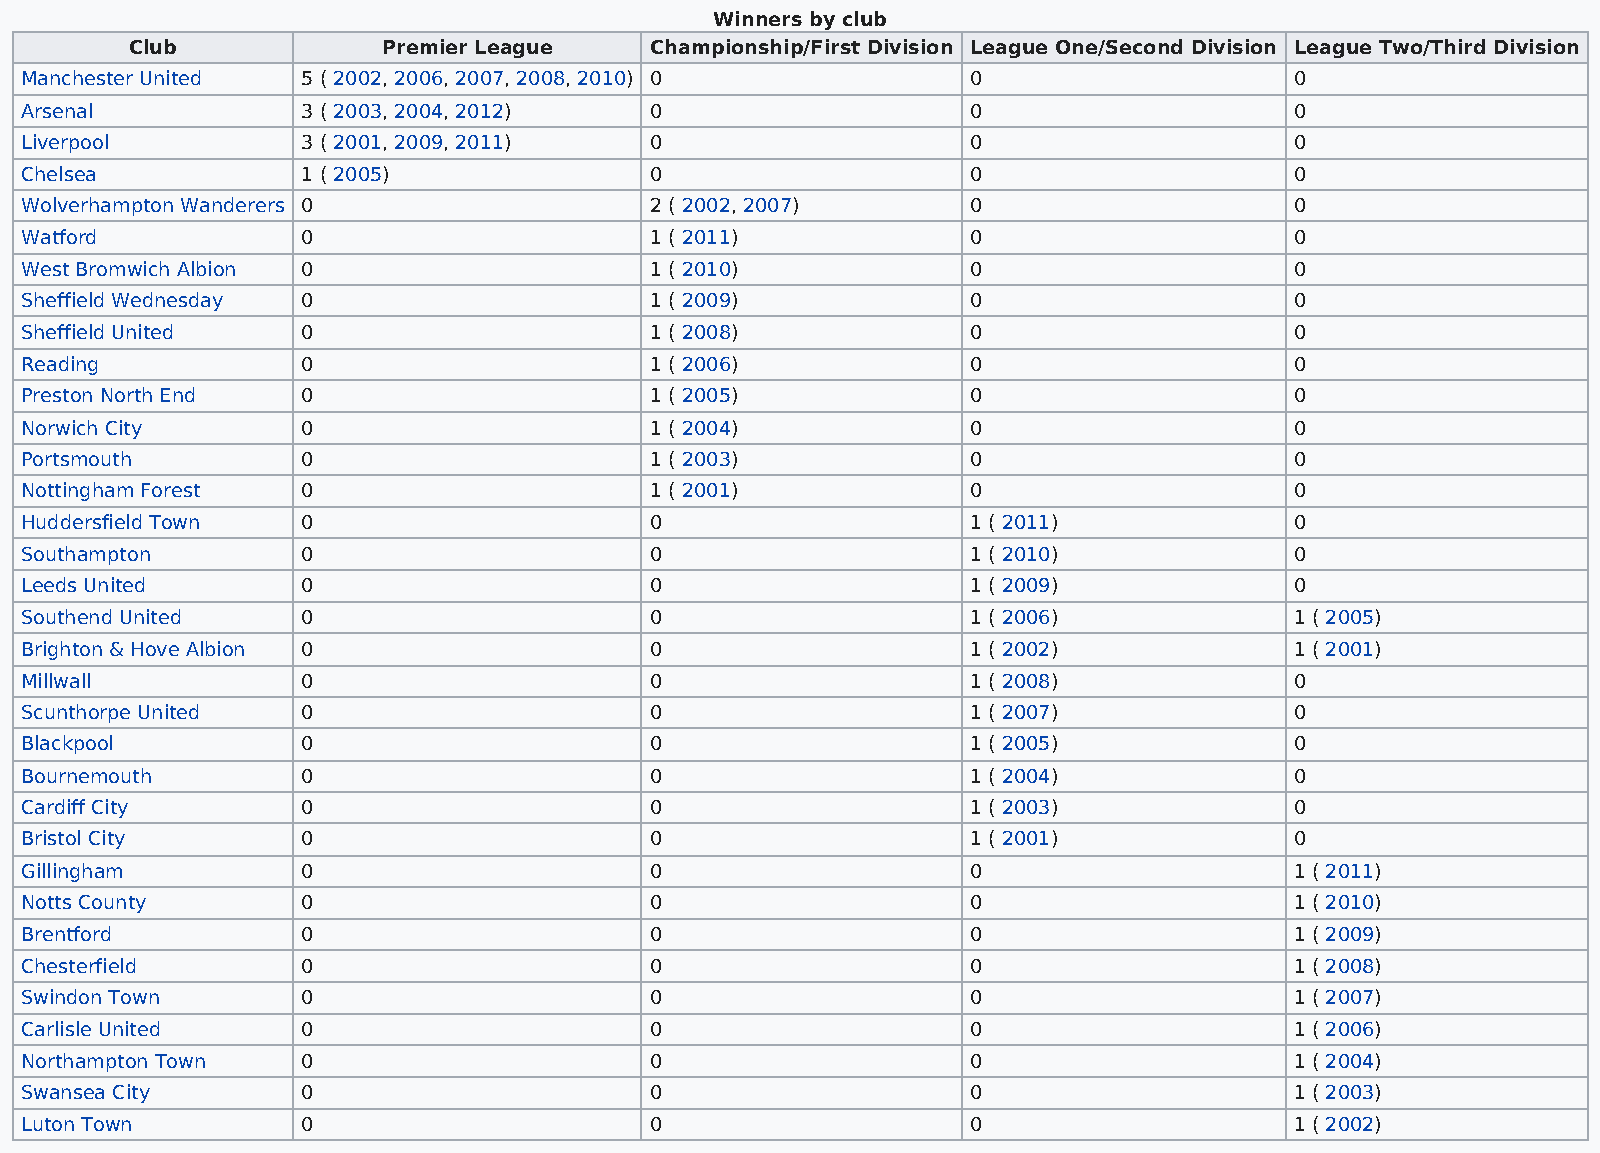
Winners by club
 Club            Premier League    Championship/First Division League One/Second Division League Two/Third Division
 Manchester United  5 ( 2002, 2006, 2007, 2008, 2010) 0         0                     0
 Arsenal            3 ( 2003, 2004, 2012)  0                    0                     0
 Liverpool          3 ( 2001, 2009, 2011)  0                    0                     0
 Chelsea            1 ( 2005)              0                    0                     0
 Wolverhampton Wanderers 0                 2 ( 2002, 2007)      0                     0
 Watford            0                      1 ( 2011)            0                     0
 West Bromwich Albion 0                    1 ( 2010)            0                     0
 Sheffield Wednesday 0                     1 ( 2009)            0                     0
 Sheffield United   0                      1 ( 2008)            0                     0
 Reading            0                      1 ( 2006)            0                     0
 Preston North End  0                      1 ( 2005)            0                     0
 Norwich City       0                      1 ( 2004)            0                     0
 Portsmouth         0                      1 ( 2003)            0                     0
 Nottingham Forest  0                      1 ( 2001)            0                     0
 Huddersfield Town  0                      0                    1 ( 2011)             0
 Southampton        0                      0                    1 ( 2010)             0
 Leeds United       0                      0                    1 ( 2009)             0
 Southend United    0                      0                    1 ( 2006)             1 ( 2005)
 Brighton & Hove Albion 0                  0                    1 ( 2002)             1 ( 2001)
 Millwall           0                      0                    1 ( 2008)             0
 Scunthorpe United  0                      0                    1 ( 2007)             0
 Blackpool          0                      0                    1 ( 2005)             0
 Bournemouth        0                      0                    1 ( 2004)             0
 Cardiff City       0                      0                    1 ( 2003)             0
 Bristol City       0                      0                    1 ( 2001)             0
 Gillingham         0                      0                    0                     1 ( 2011)
 Notts County       0                      0                    0                     1 ( 2010)
 Brentford          0                      0                    0                     1 ( 2009)
 Chesterfield       0                      0                    0                     1 ( 2008)
 Swindon Town       0                      0                    0                     1 ( 2007)
 Carlisle United    0                      0                    0                     1 ( 2006)
 Northampton Town   0                      0                    0                     1 ( 2004)
 Swansea City       0                      0                    0                     1 ( 2003)
 Luton Town         0                      0                    0                     1 ( 2002)